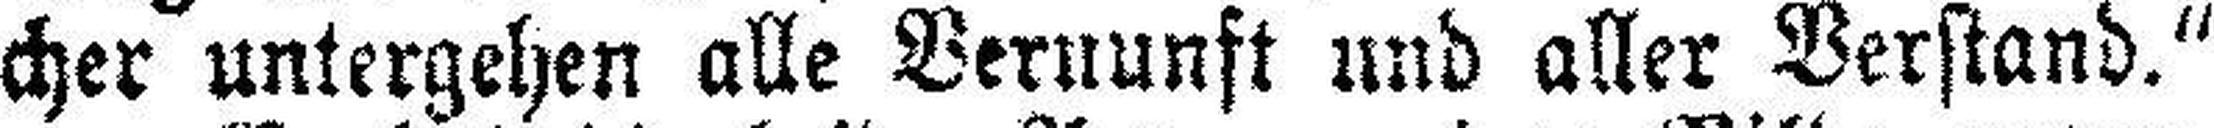
cher untergehen alle Vernunft und aller Verstand.“